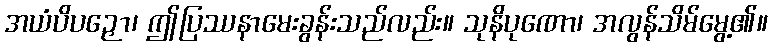
အယံပိပဉှော၊ ဤပြဿနာမေးခွန်းသည်လည်း။ သုနိပုဏော၊ အလွန်သိမ်မွေ့၏။